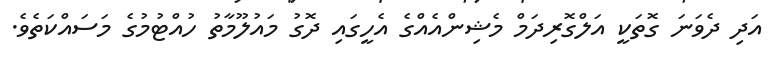
އަދި ދެވަނަ ގޮތަކީ އަލްގޮރިދަމް މެޝިންއެއްގެ އެހީގައި ދޮގު މައުލޫމާތު ހުއްޓުމުގެ މަސައްކަތެވެ.